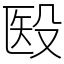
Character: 殹